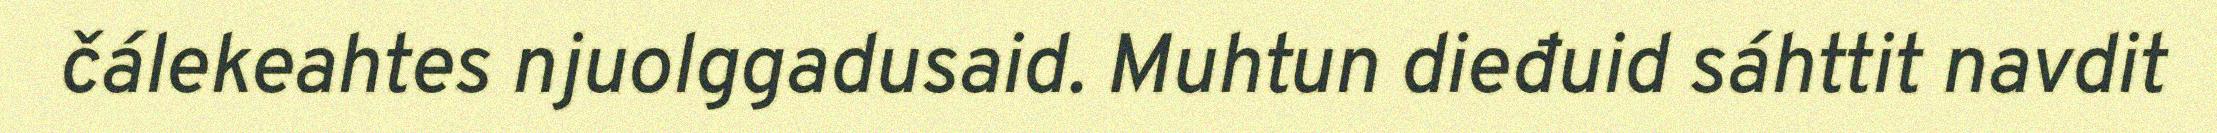
čálekeahtes njuolggadusaid. Muhtun dieđuid sáhttit navdit